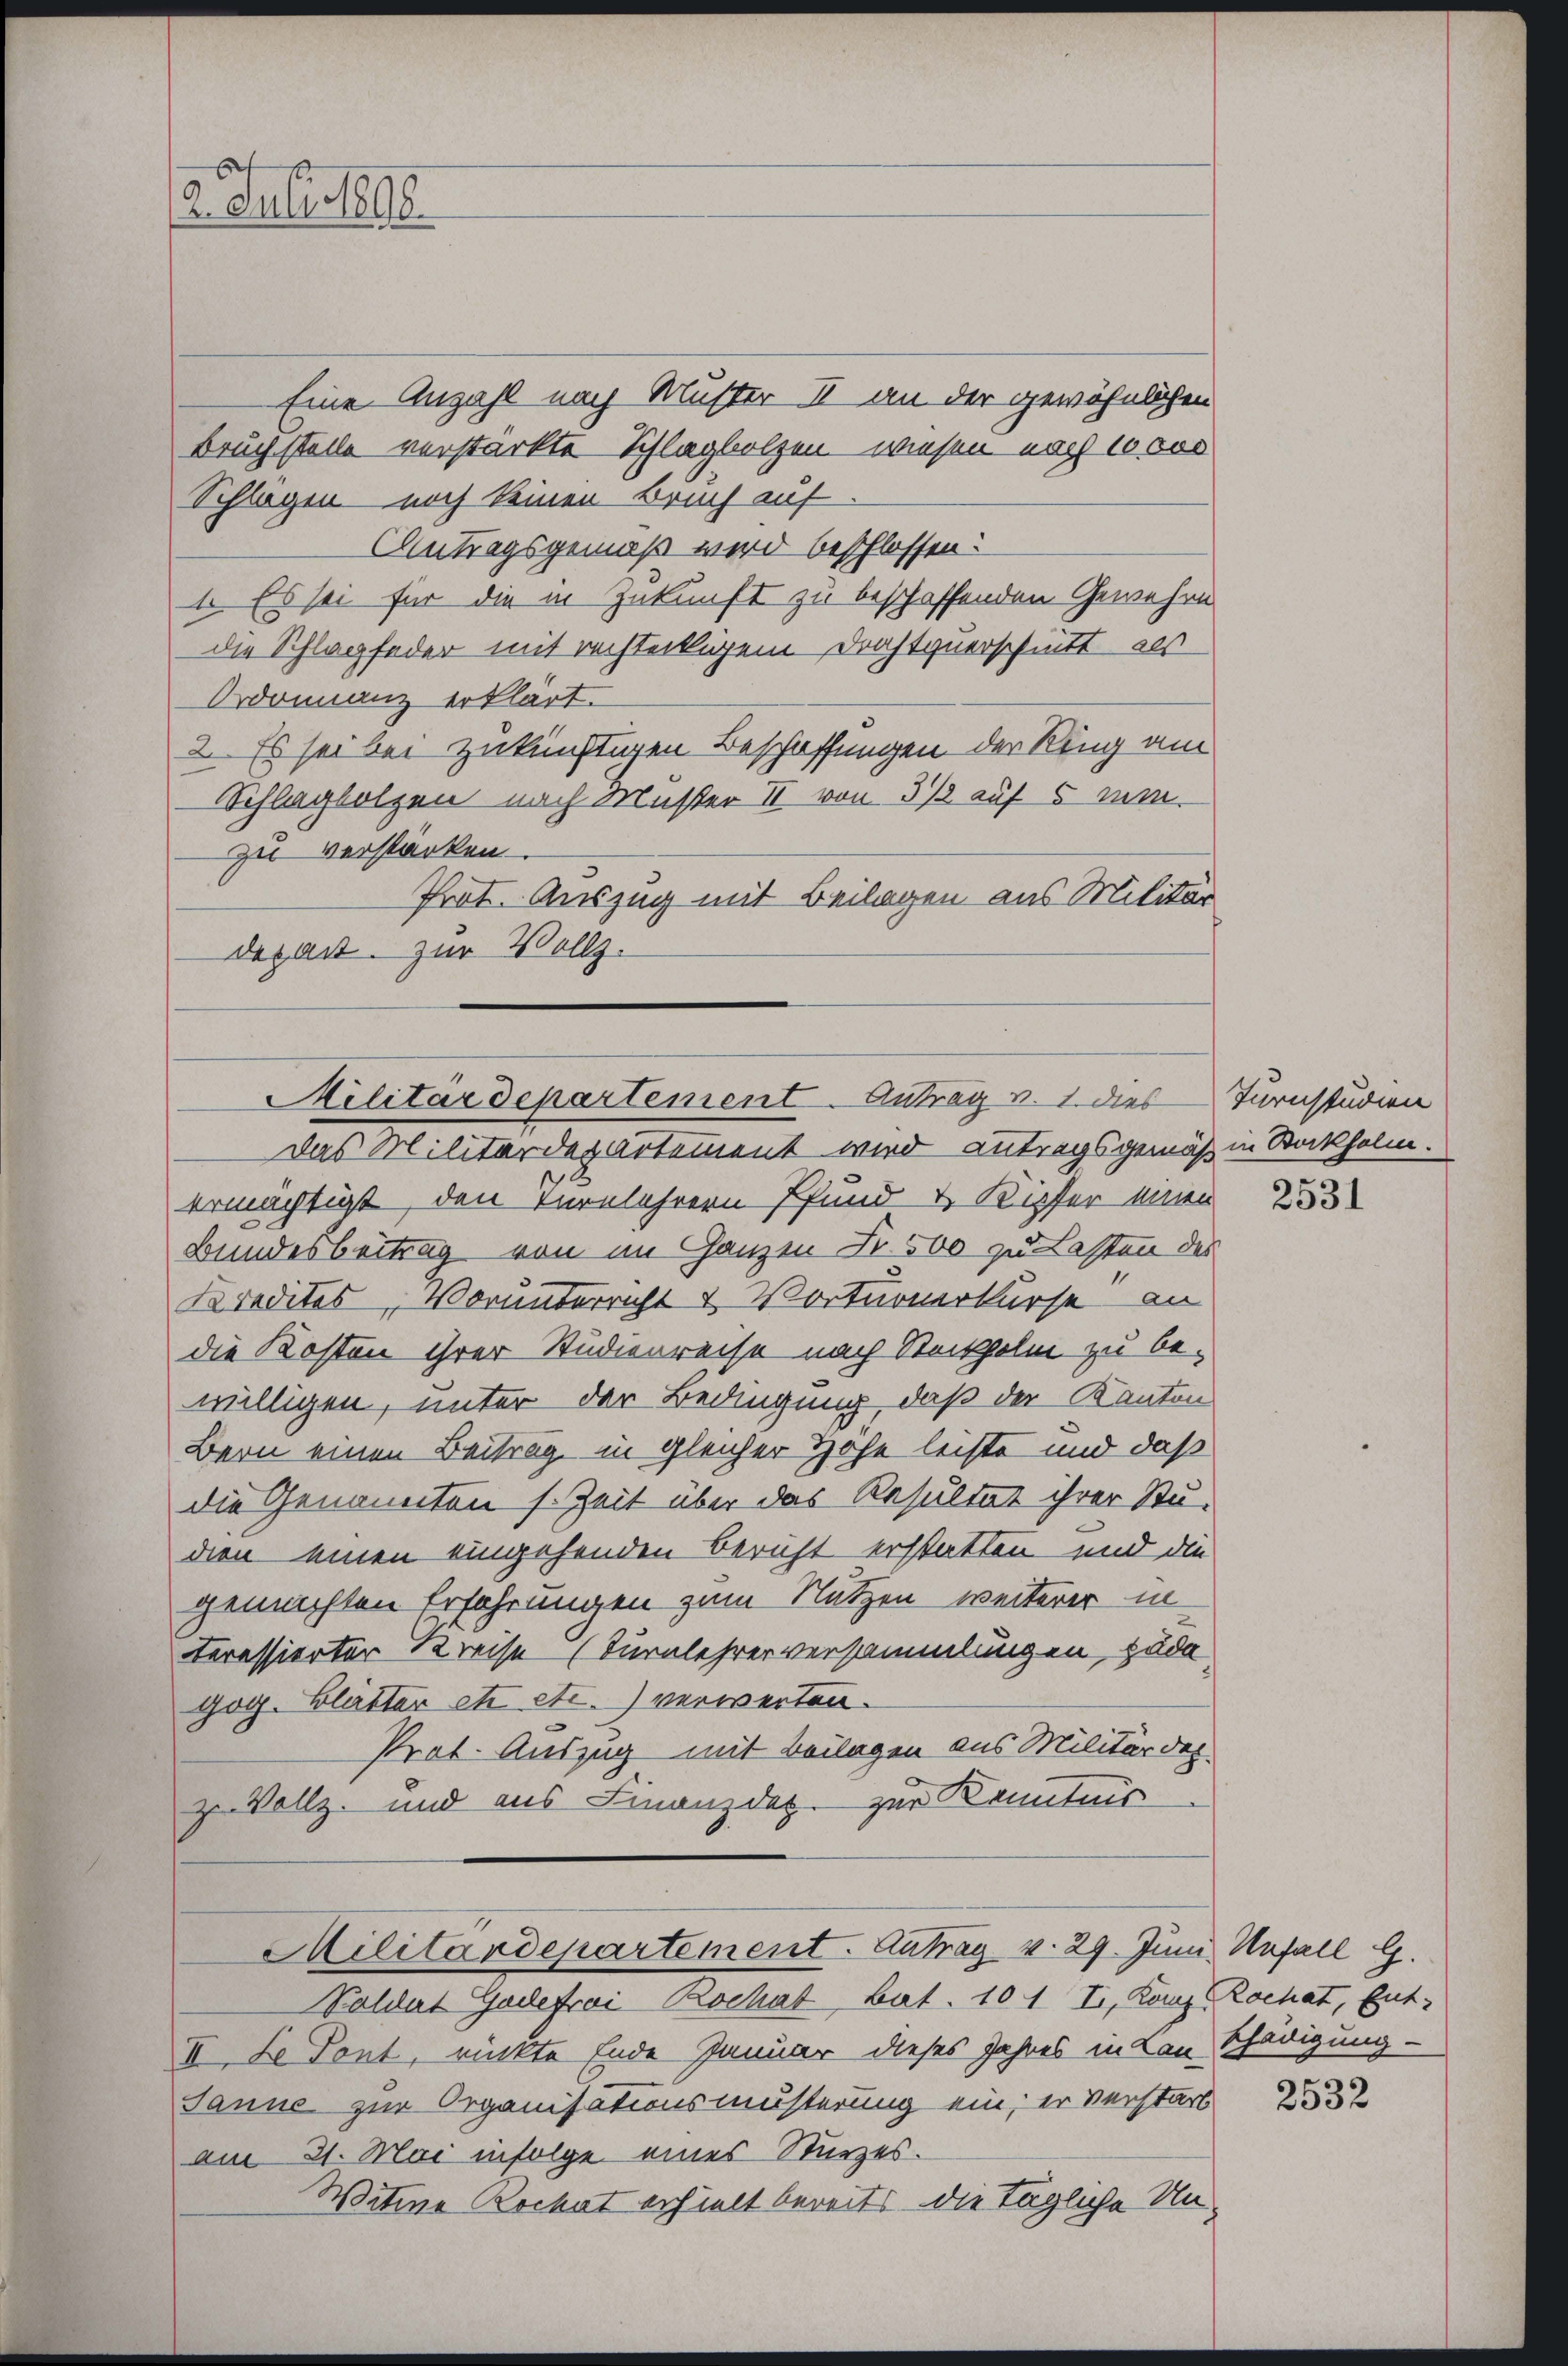
2. Juli 1898

Eine Anzahl nach Muster II an der gewöhnlichen
Bruch stelle verstärkte Schlagholzen, wiesen nach 10 000
Splügen noch keinen Bruch auf
Antragsgemäß wird beschlossen:
1. Es sei für die in Zukunft zu beschaffenden Gewehen
die Schlagfeder mit rechteiligem Drahtzuerschnitt als
Ordonnanz erklärt.
2. Es sei bei zukünftigen Beschaffungen der Ring am
Schlagholzen nach Muster II von 3 1/2 auf 5 min-
zu verstärken.
Prot. Auszug mit Beilagen aus Militär
depart. zur Vollz.
ermächtigt, den Turnlehrern Pfund & Kupfer einen
Bundesbeitrag von im Ganzen Fr. 500 zu Lasten des
Kredites, Vorunterricht & Vorturnerkurse an
die Kosten ihrer Studienreise nach Stockholm zu bewilligen, unter der Bedingung, daß der Kanton
Bern einen Beitrag in gleicher Hohe leiste und daß
die Genannten s. Zeit über das Resultat ihrer Stu-
dien einen eingehenden Bericht erstatten und die
gemachten Erfahrungen zum Nutzen weiterer in
teressierter Kreise (Turnlehrerversammlungen päda
gog. Blätter etc etc.) verwerten.
Prat. Auszug mit Beilagen aus Militärder
zu Vollz. und aus Finanzdas. zur Kenntnis
Militärdepartement. Antrag v. 29. Juni Unfall
Soldat Gadefroi-Bochat Bat. 101 I. Kanz. Rochat, Ent¬
II. Le Pont, rückte Ende Januar dieses Jahres in von Schädigung -
Janne zur Organisationsmusterung ein; er verstarb
am 21. Mai infolge eines Sturzes.
Witwe Rockat erhielt bereits die tägliche Un¬

Militärdepartement Antrag v. 1. dies
Das Militärdepartement wird antragsgemäß in Stockholm.

Turnstudien

2531

2532